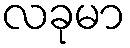
လခုမာ